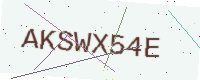
Text: AKSWX54E